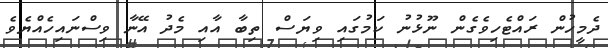
ދެމީހުން ރައްޓެހިވެގެން ނޫޅުނު ކަމުގައި ވިޔަސް ތިބާ އާއި މެދު އޭނާ ވިސްނައިހެއްޔެވެ